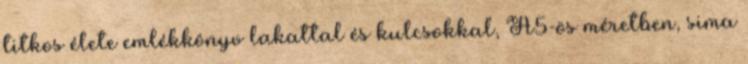
titkos élete emlékkönyv lakattal és kulcsokkal, A5-ös méretben, sima